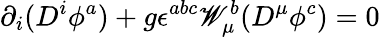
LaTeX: \partial_{i}(D^{i}\phi^{a})+g\epsilon^{abc}\mathscr{W}_{\mu}^{b}(D^{\mu}\phi^{c})=0